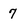
Character: 7